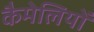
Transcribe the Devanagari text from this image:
कैमेलियों